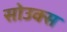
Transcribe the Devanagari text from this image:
सोउक्स